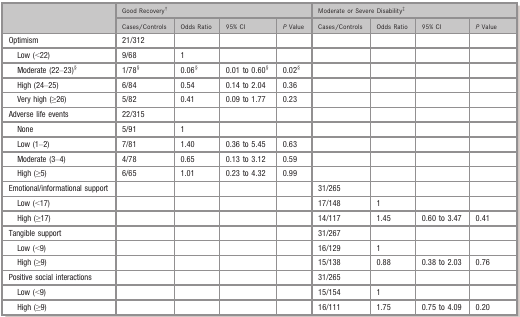
| <ROWSPAN=2>  | <COLSPAN=4> Good Recoveryb | <COLSPAN=4> Moderate or Severe Disabilityc |
 | Cases/Controls | Odds Ratio | 95% CI | P Value | Cases/Controls | Odds Ratio | 95% CI | P Value |
 | --- | --- | --- | --- | --- | --- | --- | --- | --- |
 | Optimism | 21/312 |  |  |  |  |  |  |  |
 | Low (<22) | 9/68 | 1 |  |  |  |  |  |  |
 | Moderate (22–23)d | 1/78d | 0.06d | 0.01 to 0.60d | 0.02d |  |  |  |  |
 | High (24–25) | 6/84 | 0.54 | 0.14 to 2.04 | 0.36 |  |  |  |  |
 | Very high (≥26) | 5/82 | 0.41 | 0.09 to 1.77 | 0.23 |  |  |  |  |
 | Adverse life events | 22/315 |  |  |  |  |  |  |  |
 | None | 5/91 | 1 |  |  |  |  |  |  |
 | Low (1–2) | 7/81 | 1.40 | 0.36 to 5.45 | 0.63 |  |  |  |  |
 | Moderate (3–4) | 4/78 | 0.65 | 0.13 to 3.12 | 0.59 |  |  |  |  |
 | High (≥5) | 6/65 | 1.01 | 0.23 to 4.32 | 0.99 |  |  |  |  |
 | Emotional/informational support |  |  |  |  | 31/265 |  |  |  |
 | Low (<17) |  |  |  |  | 17/148 | 1 |  |  |
 | High (≥17) |  |  |  |  | 14/117 | 1.45 | 0.60 to 3.47 | 0.41 |
 | Tangible support |  |  |  |  | 31/267 |  |  |  |
 | Low (<9) |  |  |  |  | 16/129 | 1 |  |  |
 | High (≥9)d |  |  |  |  | 15/138 | 0.88 | 0.38 to 2.03 | 0.76 |
 | Positive social interactions |  |  |  |  | 31/265 |  |  |  |
 | Low (<9) |  |  |  |  | 15/154 | 1 |  |  |
 | High (≥9)d |  |  |  |  | 16/111 | 1.75 | 0.75 to 4.09 | 0.20 |